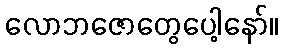
လောဘဇောတွေပေါ့နော်။